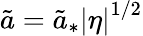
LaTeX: \tilde{a}=\tilde{a}_{*}\left|\eta\right|^{1/2}